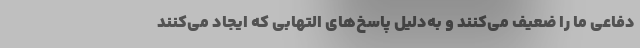
دفاعی ما را ضعیف می‌کنند و به‌دلیل پاسخ‌های التهابی که ایجاد می‌کنند